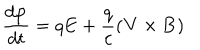
LaTeX: \frac { d { \bf p } } { d t } = q { \bf E } + \frac { q } { c } ( { \bf V } \times { \bf B } )